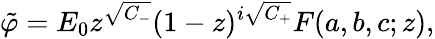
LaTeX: \tilde{\varphi}=E_{0}z^{\sqrt{C_{-}}}(1-z)^{i\sqrt{C_{+}}}F(a,b,c;z),